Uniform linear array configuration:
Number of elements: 32
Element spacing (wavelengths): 0.5
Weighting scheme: exponential
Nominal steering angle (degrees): -45
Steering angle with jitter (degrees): -46.888
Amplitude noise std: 0.05
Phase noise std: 0.05

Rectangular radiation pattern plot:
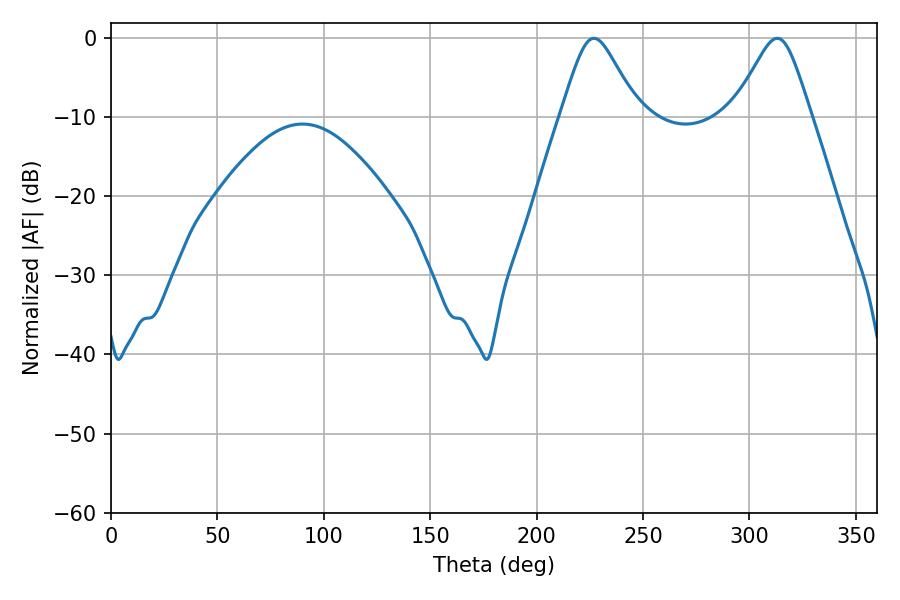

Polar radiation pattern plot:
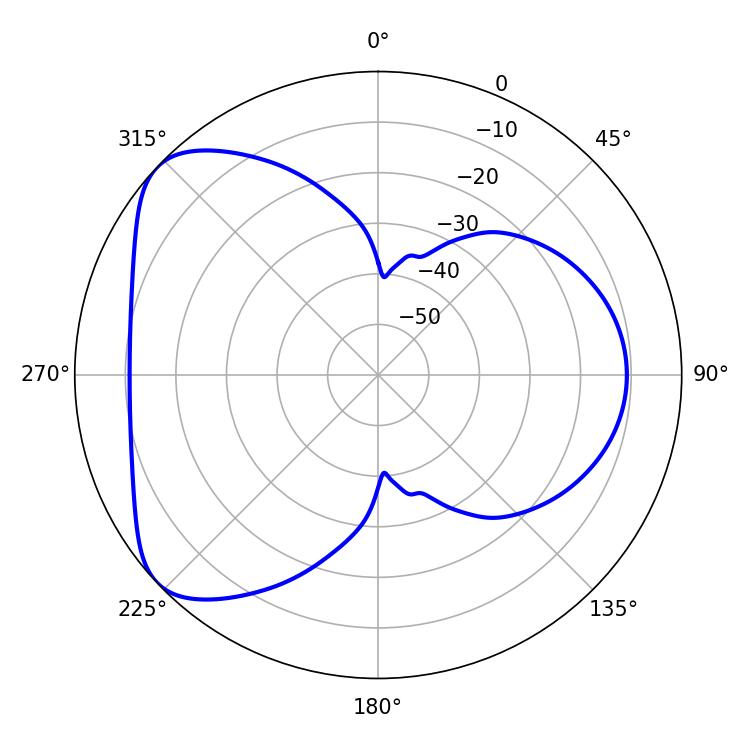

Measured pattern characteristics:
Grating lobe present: FALSE
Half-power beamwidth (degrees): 17.46
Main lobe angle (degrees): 226.98